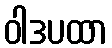
ဝါဒပထာ